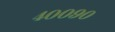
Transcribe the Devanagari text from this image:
४००९०